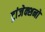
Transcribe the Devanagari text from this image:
ट्रांजेक्शनों